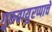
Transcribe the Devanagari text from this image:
गुरुवायुरप्पाचे